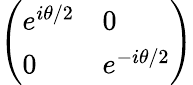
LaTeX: \left(\begin{array}{ll}{e^{i\theta/2}}&{0}\\ {0}&{e^{-i\theta/2}}\end{array}\right)